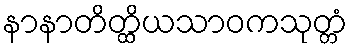
နာနာတိတ္ထိယသာဝကသုတ္တံ